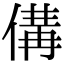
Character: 傋